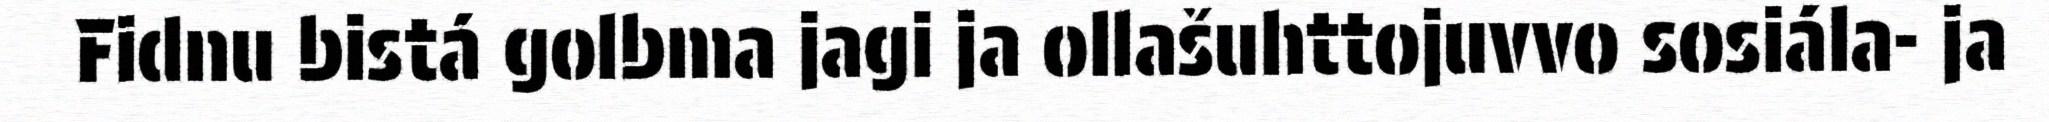
Fidnu bistá golbma jagi ja ollašuhttojuvvo sosiála- ja